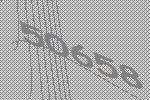
50658